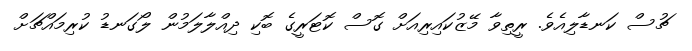
ޗުސް ކަނޑާލިއެވެ. ރީތިވާ މޭޒުކައިރިއަށް ގޮސް ކޮޓަރީގެ ބޮކި ދިއްލާލަމުން ލޯގަނޑު ކުރިމައްޗަށް